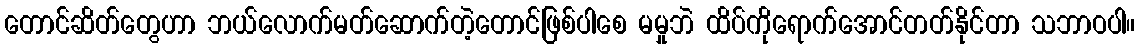
တောင်ဆိတ်တွေဟာ ဘယ်လောက်မတ်ဆောက်တဲ့တောင်ဖြစ်ပါစေ မမှုဘဲ ထိပ်ကိုရောက်အောင်တတ်နိုင်တာ သဘာဝပါ။